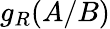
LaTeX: g_{R}(A/B)